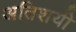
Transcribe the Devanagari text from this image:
अतिशयी